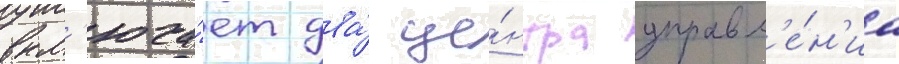
вкл'юча́ет два́ це́нтра управл'е́н'иа